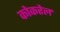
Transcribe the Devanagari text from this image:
कोकरेल